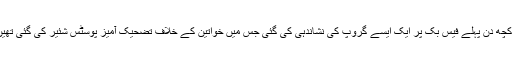
لمز میں زیر تعلیم نوال فاطمہ نے بی بی سی کو بتایا کہ ’ہم سب یکجا ہوئے تھے کیونکہ کچھ دن پہلے فیس بُک پر ایک ایسے گروپ کی نشاندہی کی گئی جس میں خواتین کے خلاف تضحیک آمیز پوسٹس شئیر کی گئی تھیںجس کے بعد ہم نے اپنا فرض سمجھا کہ انتظامیہ کے سامنے یہ معاملہ اجاگر کیا جائے۔